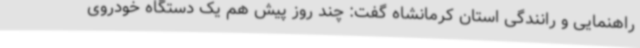
راهنمایی و رانندگی استان کرمانشاه گفت: چند روز پیش هم یک دستگاه خودروی